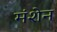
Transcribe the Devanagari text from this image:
मंशेन